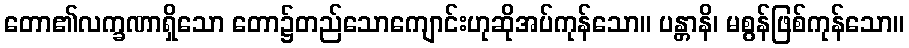
တော၏လက္ခဏာရှိသော တော၌တည်သောကျောင်းဟုဆိုအပ်ကုန်သော။ ပန္တာနိ၊ မစွန်ဖြစ်ကုန်သော။